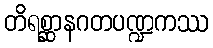
တိရစ္ဆာနဂတပဏ္ဍကဿ